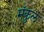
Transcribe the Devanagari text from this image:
मंकुल